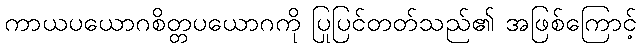
ကာယပယောဂစိတ္တပယောဂကို ပြုပြင်တတ်သည်၏ အဖြစ်ကြောင့်